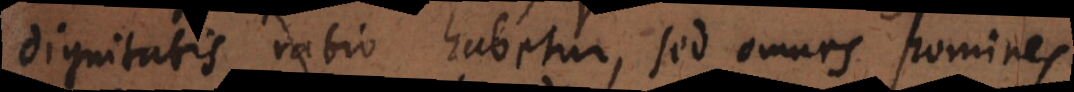
dignitatis ratio habetur, sed omnes homines